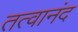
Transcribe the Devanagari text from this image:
तत्वानंद